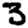
Digit: 3